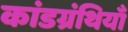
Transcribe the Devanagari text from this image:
कांडग्रंथियाँ